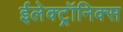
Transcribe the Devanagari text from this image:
ईलेक्ट्रॉनिक्स